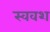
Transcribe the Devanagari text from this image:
स्ववश